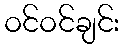
ဝင်ဝင်ချင်း